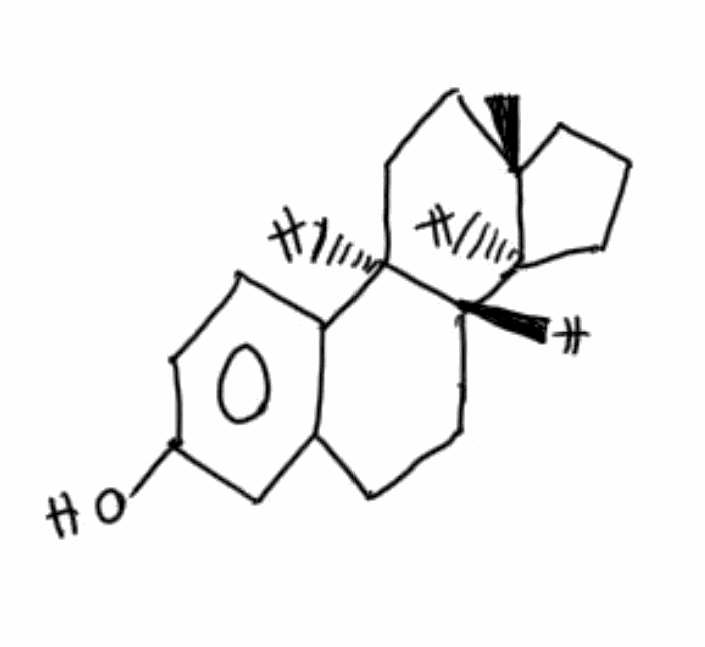
Simplified molecular-input line-entry system (SMILES) notation of the given molecule:
[B]P(NC(=O)NC)PC